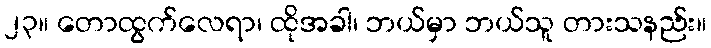
၂၃။ တောထွက်လေရာ၊ ထိုအခါ၊ ဘယ်မှာ ဘယ်သူ တားသနည်း။